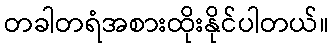
တခါတရံအစားထိုးနိုင်ပါတယ်။